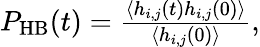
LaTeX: \begin{array}{r}{P_{\mathrm{HB}}(t)=\frac{\left\langle h_{i,j}(t)h_{i,j}(0)\right\rangle}{\left\langle h_{i,j}(0)\right\rangle},}\end{array}